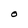
Character: O